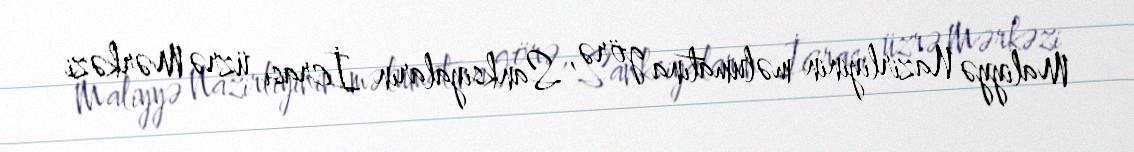
Maliyyə Nazirliyinin məlumatına görə, Sanksiyaların İcrası üzrə Mərkəzi